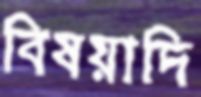
বিষয়াদি